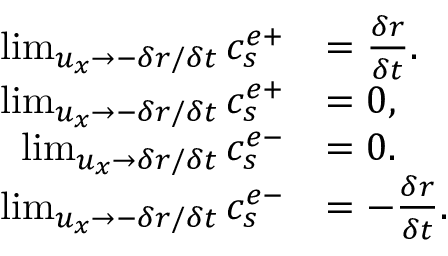
\begin{array} { r l } { \operatorname* { l i m } _ { u _ { x } \rightarrow - \delta r / \delta t } c _ { s } ^ { e + } } & { = \frac { \delta r } { \delta t } . } \\ { \operatorname* { l i m } _ { u _ { x } \rightarrow - \delta r / \delta t } c _ { s } ^ { e + } } & { = 0 , } \\ { \operatorname* { l i m } _ { u _ { x } \rightarrow \delta r / \delta t } c _ { s } ^ { e - } } & { = 0 . } \\ { \operatorname* { l i m } _ { u _ { x } \rightarrow - \delta r / \delta t } c _ { s } ^ { e - } } & { = - \frac { \delta r } { \delta t } . } \end{array}